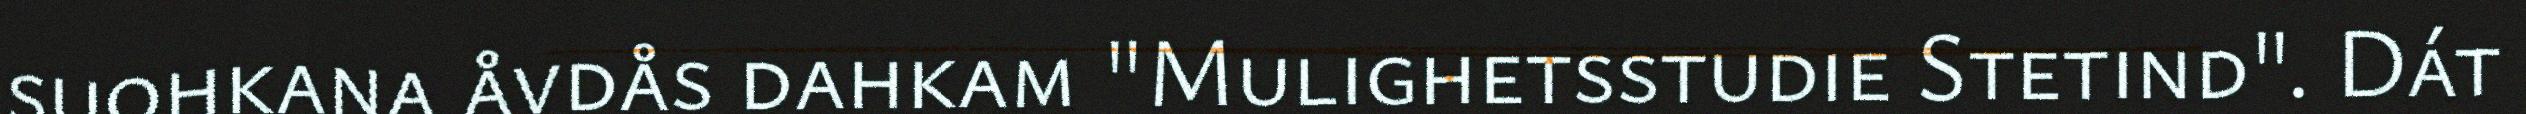
suohkana åvdås dahkam "Mulighetsstudie Stetind". Dát